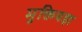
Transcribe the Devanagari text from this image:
मुक्तियज्ञ